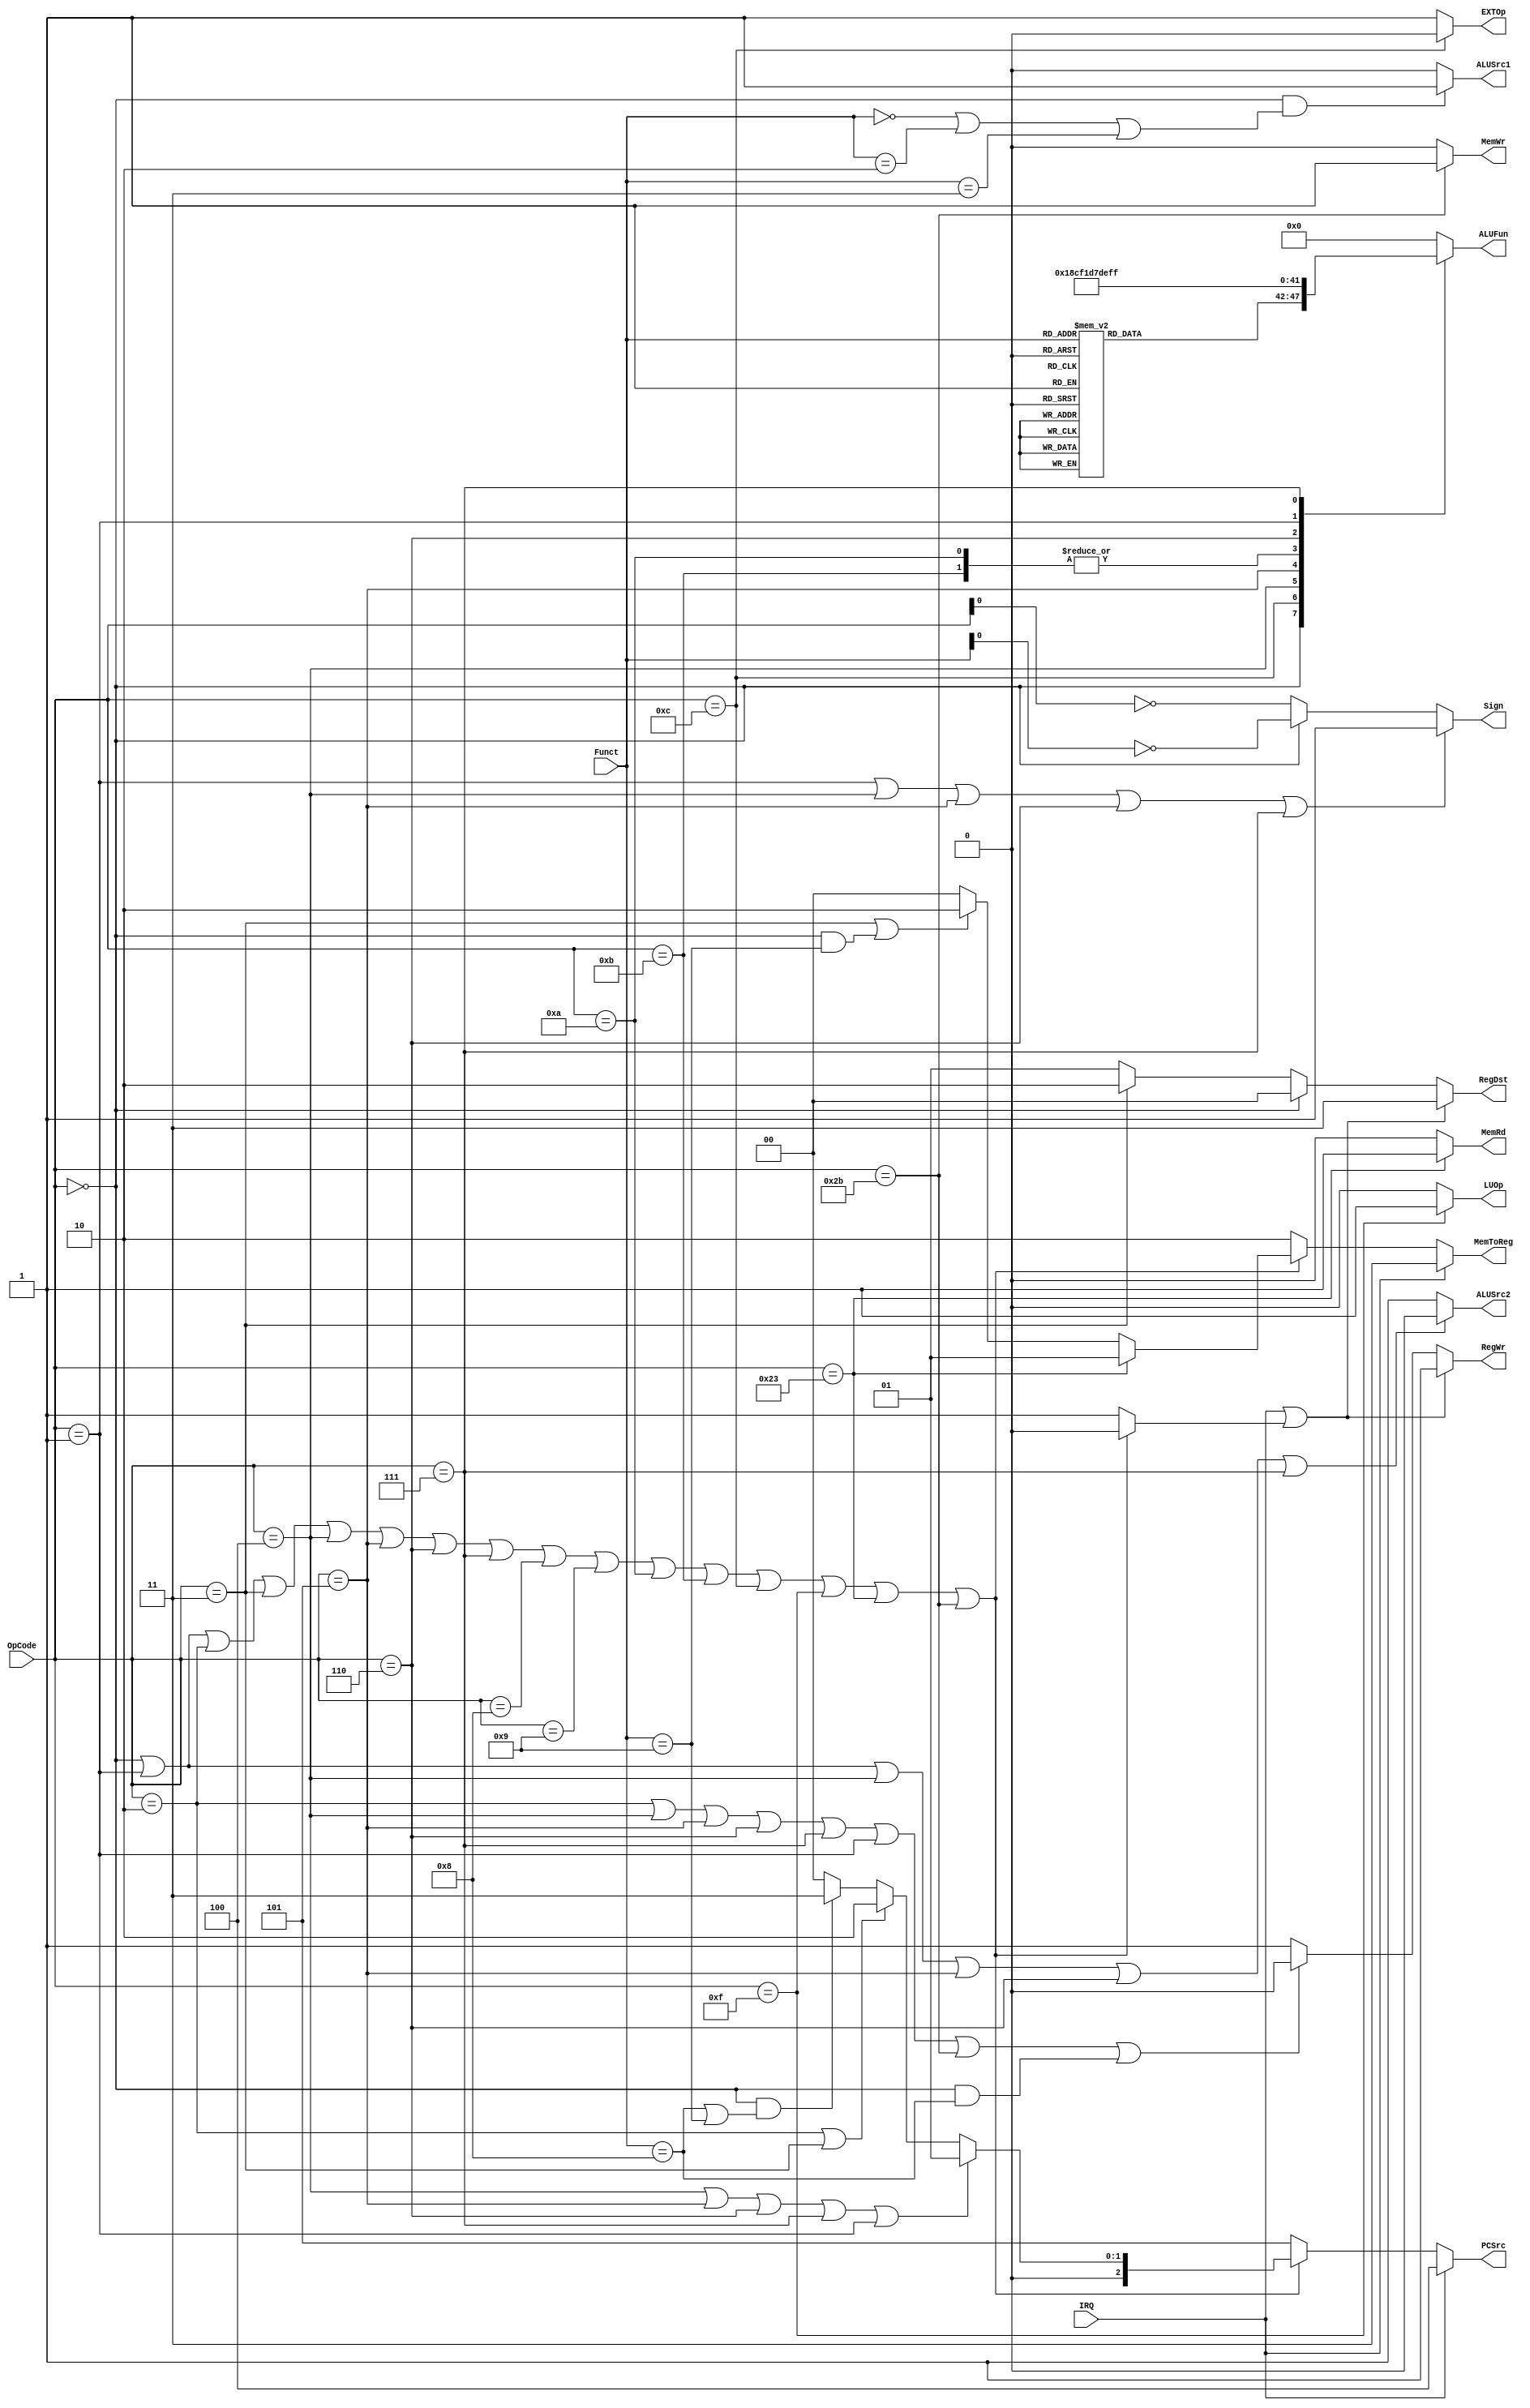

module control(OpCode, Funct, IRQ, PCSrc, RegDst, RegWr, ALUSrc1, ALUSrc2,
               ALUFun, Sign, MemWr, MemRd, MemToReg, EXTOp, LUOp);
input [5:0] OpCode;
input [5:0] Funct;
input IRQ;

output [2:0] PCSrc;
output [1:0] RegDst;
output RegWr;
output ALUSrc1;
output ALUSrc2;
output reg [5:0] ALUFun;
output Sign;
output MemWr;
output MemRd;
output [1:0] MemToReg;
output EXTOp;
output LUOp;

wire undefINS;
assign undefINS =
    (OpCode == 6'h00 || OpCode == 6'h01 || OpCode == 6'h02 || OpCode == 6'h03 ||
     OpCode == 6'h04 || OpCode == 6'h05 || OpCode == 6'h06 || OpCode == 6'h07 ||
     OpCode == 6'h08 || OpCode == 6'h09 || OpCode == 6'h0a || OpCode == 6'h0b ||
     OpCode == 6'h0c || OpCode == 6'h0f || OpCode == 6'h23 || OpCode == 6'h2b)
        ? 1'b0
        : 1'b1;

assign PCSrc =
    IRQ ? 3'd4
        : undefINS ? 3'd5
                   : (OpCode == 6'h04 || OpCode == 6'h05 || OpCode == 6'h06 ||
                      OpCode == 6'h07 || OpCode == 6'h01)
                         ? 3'd1
                         : (OpCode == 6'h02 || OpCode == 6'h03)
                               ? 3'd2
                               : (OpCode == 6'h00 &&
                                  (Funct == 6'h08 || Funct == 6'h09))
                                     ? 3'd3
                                     : 3'd0;

assign RegDst =
    (IRQ || undefINS)
        ? 2'd3
        : (OpCode == 6'h00) ? 2'd0 : (OpCode == 6'h03) ? 2'd2 : 2'd1;

assign RegWr = (IRQ || undefINS)
                   ? 1'b1
                   : (OpCode == 6'h02 || OpCode == 6'h04 || OpCode == 6'h05 ||
                      OpCode == 6'h06 || OpCode == 6'h07 || OpCode == 6'h01 ||
                      OpCode == 6'h2b || (OpCode == 6'h00) && (Funct == 6'h08))
                         ? 1'b0
                         : 1'b1;

assign ALUSrc1 =
    (OpCode == 6'h00 && (Funct == 6'h00 || Funct == 6'h02 || Funct == 6'h03))
        ? 1'b1
        : 1'b0;

assign ALUSrc2 = (OpCode == 6'h00 || OpCode == 6'h01 || OpCode == 6'h04 ||
                  OpCode == 6'h05 || OpCode == 6'h06 || OpCode == 6'h07)
                     ? 1'b0
                     : 1'b1;

assign MemWr = (OpCode == 6'h2b) ? 1'b1 : 1'b0;

assign MemRd = (OpCode == 6'h23) ? 1'b1 : 1'b0;

assign MemToReg = IRQ ? 2'd3
                      : undefINS ? 2'd2
                                 : (OpCode == 6'h23)
                                       ? 2'd1
                                       : (OpCode == 6'h03 ||
                                          (OpCode == 6'h00 && Funct == 6'h09))
                                             ? 2'd2
                                             : 2'd0;

assign EXTOp = (OpCode == 6'h0c) ? 1'b0 : 1'b1;

assign LUOp = (OpCode == 6'h0f) ? 1'b1 : 1'b0;

assign Sign = (OpCode == 6'h01 || OpCode == 6'h04 || OpCode == 6'h05 ||
               OpCode == 6'h06 || OpCode == 6'h07)
                  ? 1'b1
                  : (OpCode == 6'h00) ? ~Funct[0] : ~OpCode[0];

parameter aluADD = 6'b00_0000;
parameter aluSUB = 6'b00_0001;
parameter aluAND = 6'b01_1000;
parameter aluOR = 6'b01_1110;
parameter aluXOR = 6'b01_0110;
parameter aluNOR = 6'b01_0001;
parameter aluA = 6'b01_1010;
parameter aluSLL = 6'b10_0000;
parameter aluSRL = 6'b10_0001;
parameter aluSRA = 6'b10_0011;
parameter aluEQ = 6'b11_0011;
parameter aluNEQ = 6'b11_0001;
parameter aluLT = 6'b11_0101;
parameter aluLEZ = 6'b11_1101;
parameter aluLTZ = 6'b11_1011;
parameter aluGTZ = 6'b11_1111;

reg [5:0] aluFunct;
always @(*) case (Funct)6'b00_0000 : aluFunct <= aluSLL;
6'b00_0010 : aluFunct <= aluSRL;
6'b00_0011 : aluFunct <= aluSRA;
6'b10_0000 : aluFunct <= aluADD;
6'b10_0001 : aluFunct <= aluADD;
6'b10_0010 : aluFunct <= aluSUB;
6'b10_0011 : aluFunct <= aluSUB;
6'b10_0100 : aluFunct <= aluAND;
6'b10_0101 : aluFunct <= aluOR;
6'b10_0110 : aluFunct <= aluXOR;
6'b10_0111 : aluFunct <= aluNOR;
6'b10_1010 : aluFunct <= aluLT;
6'b10_1011 : aluFunct <= aluLT;
default:
aluFunct <= aluADD;
endcase

        always @(*) case (OpCode)6'h00 : ALUFun
                                         <= aluFunct;
6'h0c : ALUFun <= aluAND;
6'h04 : ALUFun <= aluEQ;
6'h05 : ALUFun <= aluNEQ;
6'h0a : ALUFun <= aluLT;
6'h0b : ALUFun <= aluLT;
6'h06 : ALUFun <= aluLEZ;
6'h01 : ALUFun <= aluLTZ;
6'h07 : ALUFun <= aluGTZ;
default:
ALUFun <= aluADD;
endcase

    endmodule